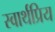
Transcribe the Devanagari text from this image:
स्वार्थप्रिय